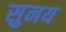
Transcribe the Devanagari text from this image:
सुनय